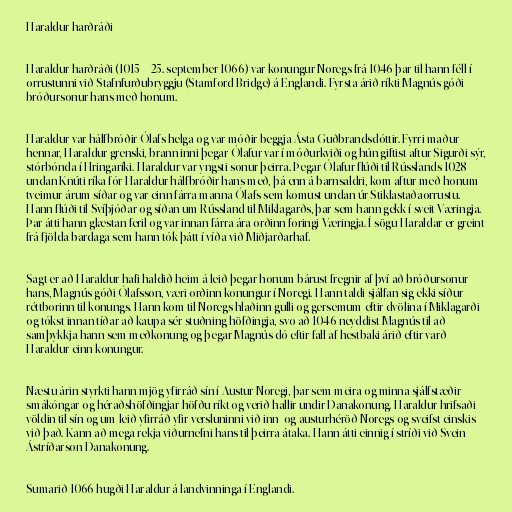
Haraldur harðráði

Haraldur harðráði (1015 – 25. september 1066) var konungur Noregs frá 1046 þar til hann féll í
orrustunni við Stafnfurðubryggju (Stamford Bridge) á Englandi. Fyrsta árið ríkti Magnús góði
bróðursonur hans með honum.

Haraldur var hálfbróðir Ólafs helga og var móðir beggja Ásta Guðbrandsdóttir. Fyrri maður
hennar, Haraldur grenski, brann inni þegar Ólafur var í móðurkviði og hún giftist aftur Sigurði sýr,
stórbónda í Hringaríki. Haraldur var yngsti sonur þeirra. Þegar Ólafur flúði til Rússlands 1028
undan Knúti ríka fór Haraldur hálfbróðir hans með, þá enn á barnsaldri, kom aftur með honum
tveimur árum síðar og var einn fárra manna Ólafs sem komust undan úr Stiklastaðaorrustu.
Hann flúði til Svíþjóðar og síðan um Rússland til Miklagarðs, þar sem hann gekk í sveit Væringja.
Þar átti hann glæstan feril og var innan fárra ára orðinn foringi Væringja. Í sögu Haraldar er greint
frá fjölda bardaga sem hann tók þátt í víða við Miðjarðarhaf.

Sagt er að Haraldur hafi haldið heim á leið þegar honum bárust fregnir af því að bróðursonur
hans, Magnús góði Ólafsson, væri orðinn konungur í Noregi. Hann taldi sjálfan sig ekki síður
réttborinn til konungs. Hann kom til Noregs hlaðinn gulli og gersemum eftir dvölina í Miklagarði
og tókst innan tíðar að kaupa sér stuðning höfðingja, svo að 1046 neyddist Magnús til að
samþykkja hann sem meðkonung og þegar Magnús dó eftir fall af hestbaki árið eftir varð
Haraldur einn konungur.

Næstu árin styrkti hann mjög yfirráð sín í Austur-Noregi, þar sem meira og minna sjálfstæðir
smákóngar og héraðshöfðingjar höfðu ríkt og verið hallir undir Danakonung. Haraldur hrifsaði
völdin til sín og um leið yfirráð yfir versluninni við inn- og austurhéröð Noregs og sveifst einskis
við það. Kann að mega rekja viðurnefni hans til þeirra átaka. Hann átti einnig í stríði við Svein
Ástríðarson Danakonung.

Sumarið 1066 hugði Haraldur á landvinninga í Englandi.